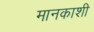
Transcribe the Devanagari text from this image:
मानकाशी